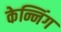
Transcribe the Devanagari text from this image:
केन्निंग